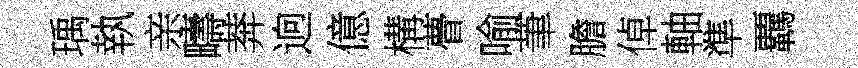
瑀執亲疇莾逈億構瞢喻茟膽倬軸準覊